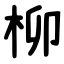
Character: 柳